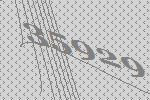
35929